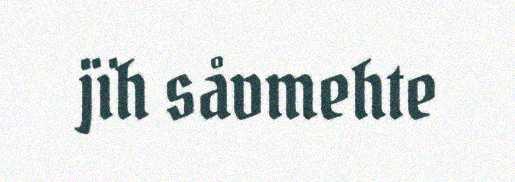
jïh såvmehte